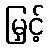
မြှင့်